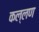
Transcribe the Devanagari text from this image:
कल्लण